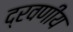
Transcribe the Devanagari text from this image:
द्रवणीय